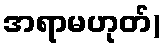
အရာမဟုတ်)